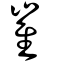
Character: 崔